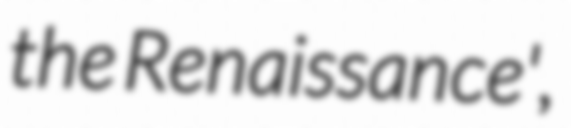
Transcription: the Renaissance',